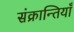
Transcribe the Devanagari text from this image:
संक्रान्तियाँ